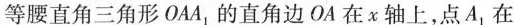
等腰直角三角形OAA_{1}的直角边OA在x轴上，点A_{1}在